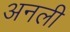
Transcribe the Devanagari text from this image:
अनली